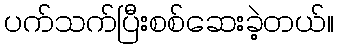
ပက်သက်ပြီးစစ်ဆေးခဲ့တယ်။